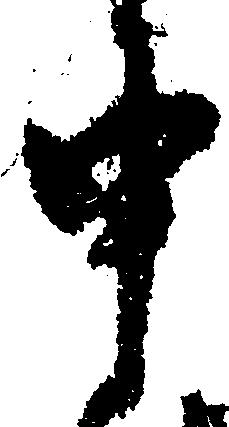
申